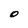
Character: O